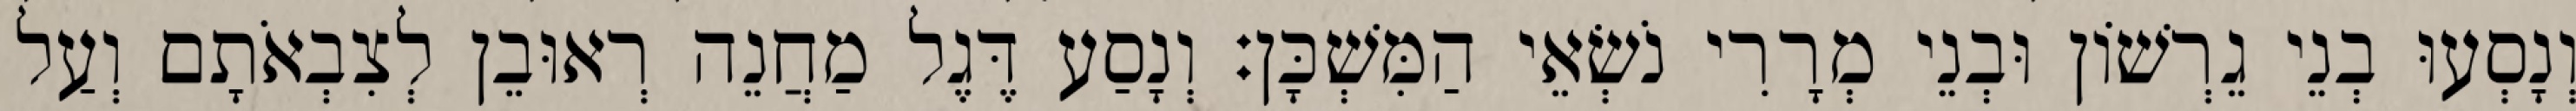
וְנָסְעוּ בְנֵי גֵרְשׁוֹן וּבְנֵי מְרָרִי נֹשְׂאֵי הַמִּשְׁכָּן׃ וְנָסַע דֶּגֶל מַחֲנֵה רְאוּבֵן לְצִבְאֹתָם וְעַל